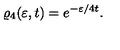
\varrho _ { 4 } ( \varepsilon , t ) = e ^ { - \varepsilon / 4 t } \nonumber .